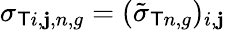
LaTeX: \sigma_{\mathsf{T}i,\mathbf{j},n,g}=(\tilde{{\sigma}}_{\mathsf{T}n,g})_{i,\mathbf{j}}